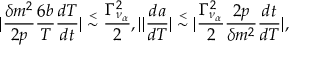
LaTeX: | { \frac { \delta m ^ { 2 } } { 2 p } } { \frac { 6 b } { T } } { \frac { d T } { d t } } | \stackrel { < } { \sim } { \frac { \Gamma _ { \nu _ { \alpha } } ^ { 2 } } { 2 } } , \| { \frac { d a } { d T } } | \stackrel { < } { \sim } | { \frac { \Gamma _ { \nu _ { \alpha } } ^ { 2 } } { 2 } } { \frac { 2 p } { \delta m ^ { 2 } } } { \frac { d t } { d T } } | ,